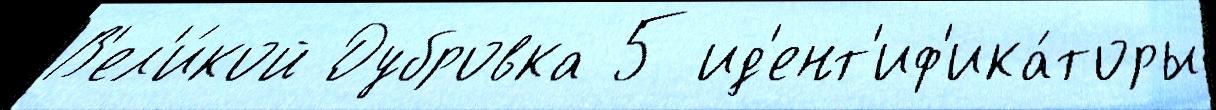
В'ел'и́кой Дубровка 5 ид'ент'иф'ика́торы